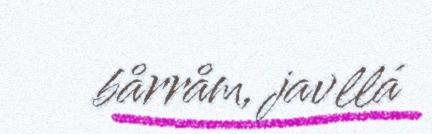
bårråm, javllá